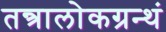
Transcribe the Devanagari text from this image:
तन्त्रालोकग्रन्थं